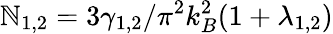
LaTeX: \mathbb{N}_{1,2}=3\gamma_{1,2}/\pi^{2}k_{B}^{2}(1+\lambda_{1,2})